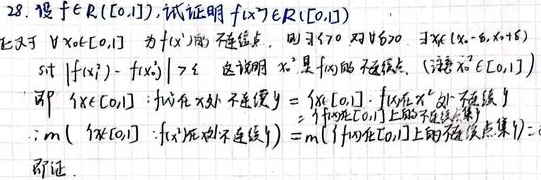
28. 设\(f\in R([0,1])\)，试证明\(\vert f(x)\vert\in R([0,1])\)。

证：对于任意\(x_0\in[0,1]\)，若\(x_0\)为\(f(x)\)的不连续点，则对于任意\(\varepsilon > 0\)，任意\(\delta>0\)，存在\(x\in(x_0 - \delta,x_0+\delta)\)使得\(\vert f(x)-f(x_0)\vert\geq\varepsilon\)。这说明\(x_0\)是\(\vert f(x)\vert\)的不连续点。（设\(x_0\in[0,1]\)）

即\(\{x\in[0,1]:\vert f(x)\vert\text{在}x\text{处不连续}\}\subseteq\{x\in[0,1]:f(x)\text{在}x_0\text{处不连续}\}\)

\(\Rightarrow m(\{x\in[0,1]:\vert f(x)\vert\text{在}x\text{处不连续}\})\leq m(\{f(x)\text{在}[0,1]\text{上的不连续点集}\}) = 0\)

即证。